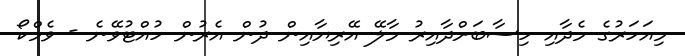
މިއަހަރުގެ މެދާއި ހިސާބަށްދާއިރު މާލޭ އޭރިޔާއިން ދުން އެރުން ހުއްޓުވޭނެ - ވެމްކޯ